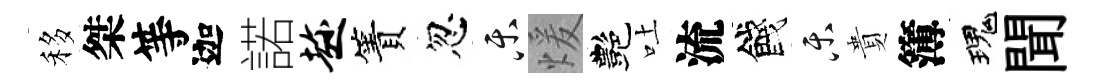
移桀等迦諾趁簀忽乐煖艷吐流餞乐貴簿瑰聞